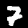
Digit: 7